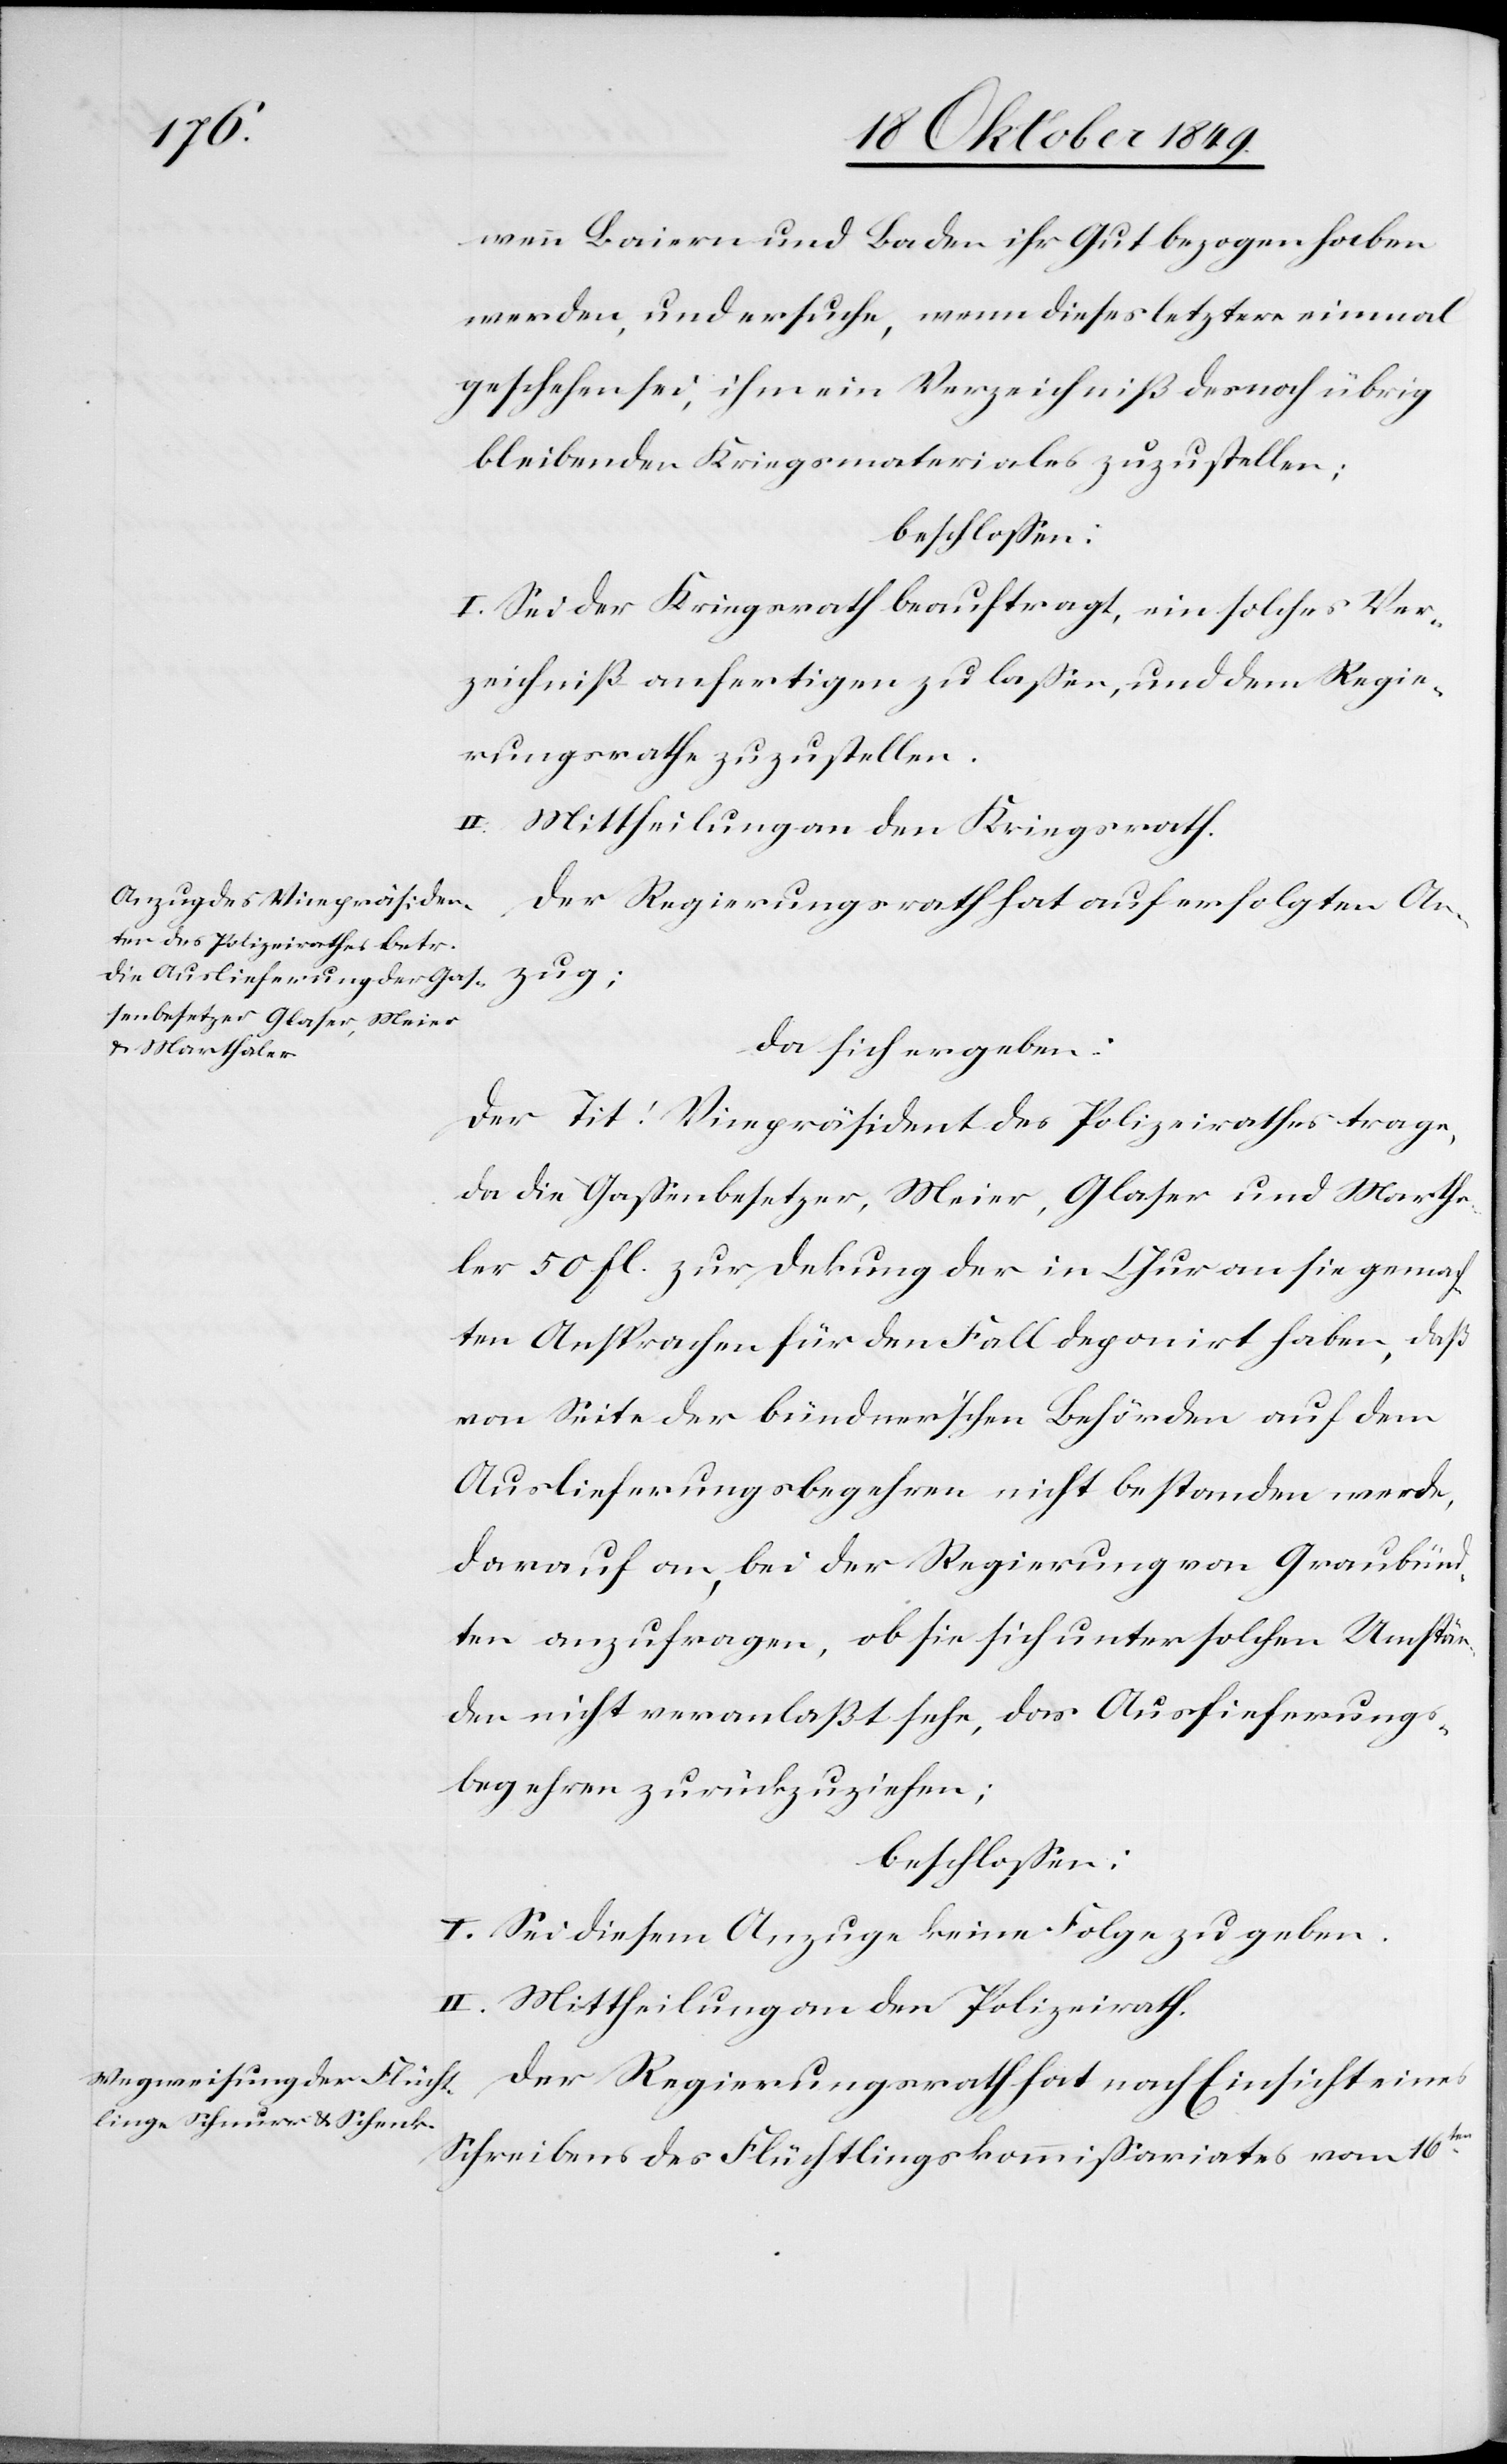
wenn Baiern und Baden ihr Gut bezogen haben
werden, und ersuche, wenn dieses letztere einmal
geschehen sei, ihm ein Verzeichniß des noch übrig
bleibenden Kriegsmateriales zuzustellen:
beschloßen:
I. Sei der Kriegsrath beauftragt, ein solches Ver¬
zeichniß anfertigen zu laßen, und dem Regie¬
rungsrathe zuzustellen.
zug;
II. Mittheilung an den Kriegsrath.
Der Regierungsrath hat auf erfolgten An¬
da sich ergeben:
Der Tit! Vicepräsident des Polizeirathes trage,
da die Gaßenbesetzer, Meier, Glaser und Marth¬
aler 50 fl. zur Deckung der in Chur an sie gemach¬
ten Ansprachen für den Fall deponirt haben, daß
von Seite der bündner’schen Behörden auf dem
Auslieferungsbegehren nicht bestanden werde,
darauf an, bei der Regierung von Graubün¬
dten anzufragen, ob sie sich unter solchen Umstän¬
den nicht veranlaßt sehe, das Auslieferungs¬
begehren zurückzuziehen;
beschloßen:
I. Sei diesem Anzuge keine Folge zu geben.
II. Mittheilung an den Polizeirath.
Der Regierungsrath hat nach Einsicht eines
Schreibens des Flüchtlingskommißariates vom 16ten